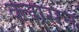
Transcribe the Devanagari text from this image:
क्लासन